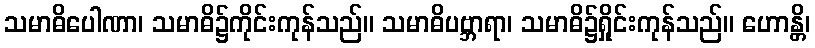
သမာဓိပေါဏာ၊ သမာဓိ၌ကိုင်းကုန်သည်။ သမာဓိပဗ္ဘာရာ၊ သမာဓိ၌ရှိုင်းကုန်သည်။ ဟောန္တိ၊